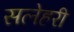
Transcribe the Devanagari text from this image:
सलेहरी